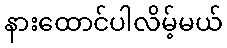
နားထောင်ပါလိမ့်မယ်